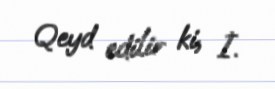
Qeyd edilir ki, İ.